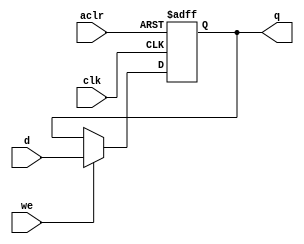
module my_dffe(d,aclr,clk,q,we);
		input d, aclr, clk, we;
		output q;
		reg q;
		
		initial
		begin 
			q = 1'b0;
		end

		always @(posedge clk or negedge aclr) begin
			if(~aclr) begin
				q <= 1'b0;
				end 
			else if(we)begin
				q <= d;
				end
		end
endmodule